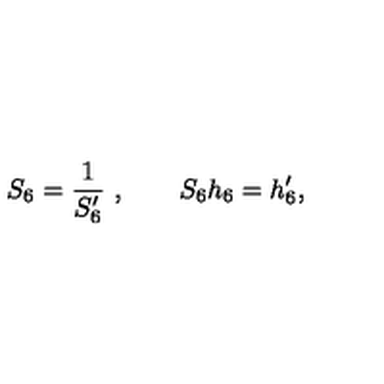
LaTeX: S _ { 6 } = { \frac { 1 } { S _ { 6 } ^ { \prime } } } \ , \qquad S _ { 6 } h _ { 6 } = h _ { 6 } ^ { \prime } ,